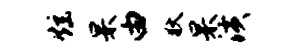
炫杲由狄杲潢